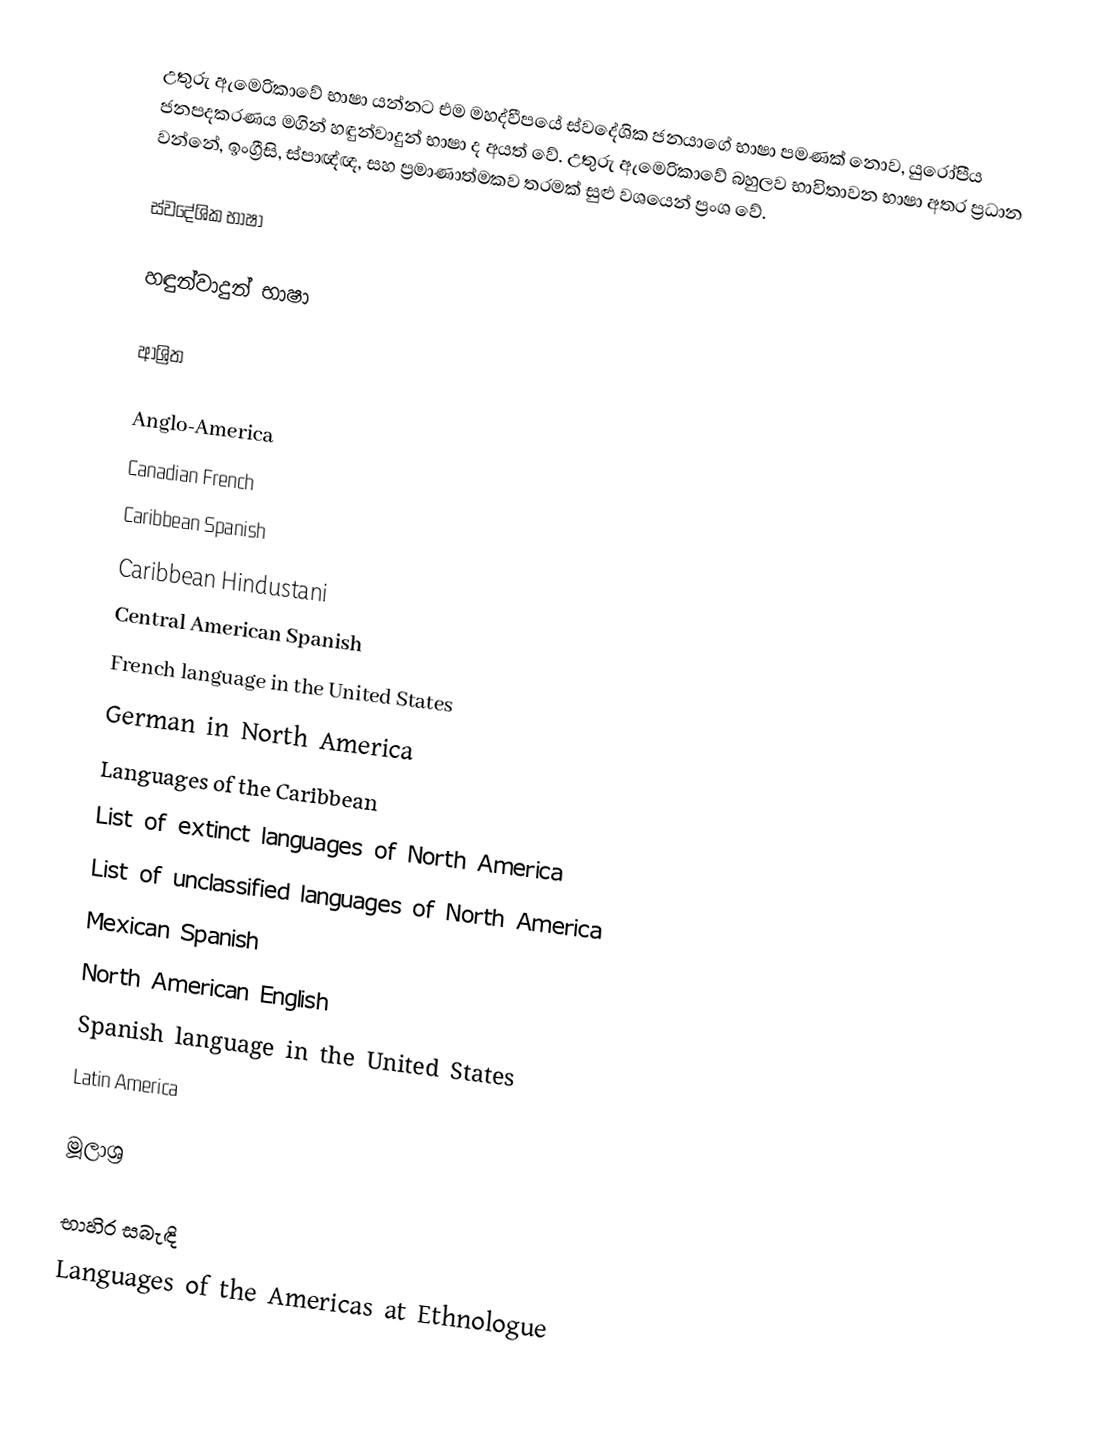
උතුරු ඇමෙරිකාවේ භාෂා යන්නට එම මහද්වීපයේ ස්වදේශික ජනයාගේ භාෂා පමණක් නොව, යුරෝපීය ජනපදකරණය මගින් හඳුන්වාදුන් භාෂා ද අයත් වේ. උතුරු ඇමෙරිකාවේ බහුලව භාවිතාවන භාෂා අතර ප්‍රධාන වන්නේ, ඉංග්‍රීසි, ස්පාඥ්ඥ, සහ ප්‍රමාණාත්මකව තරමක් සුළු වශයෙන් ප්‍රංශ වේ.

ස්වදේශික භාෂා

හඳුන්වාදුන් භාෂා

ආශ්‍රිත

Anglo-America
Canadian French
Caribbean Spanish
Caribbean Hindustani
Central American Spanish
French language in the United States
German in North America
Languages of the Caribbean
List of extinct languages of North America
List of unclassified languages of North America
Mexican Spanish
North American English
Spanish language in the United States
Latin America

මූලාශ්‍ර

භාහිර සබැඳි
Languages of the Americas at Ethnologue